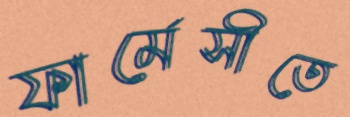
ফার্মেসীতে